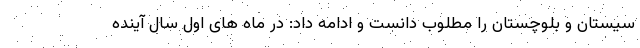
سیستان و بلوچستان را مطلوب دانست و ادامه داد: در ماه های اول سال آینده